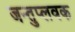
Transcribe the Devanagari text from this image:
जन्तुप्लवक